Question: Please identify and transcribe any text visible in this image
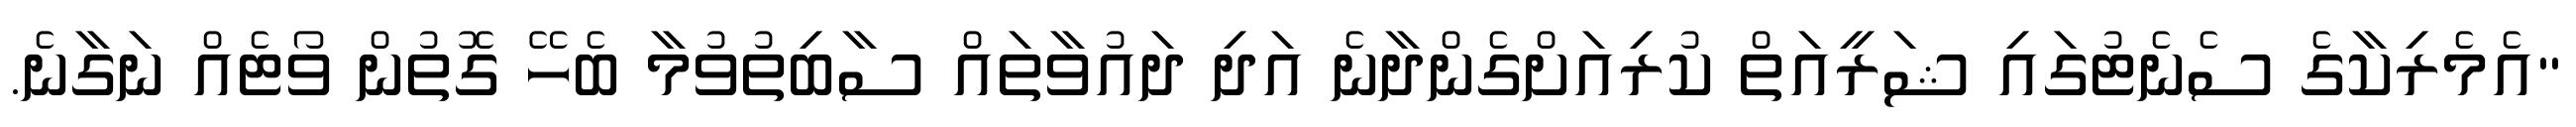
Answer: "އެމެރިކާގެ ސެނެޓުގައި ޝަރީއަތް ކުރިއަށްގެންދާނެ އަދި ދައުވާތައް ސާބިތުވުމާ ބެހޭ ގޮތުން ވޯޓެއް ނަގާނެ.